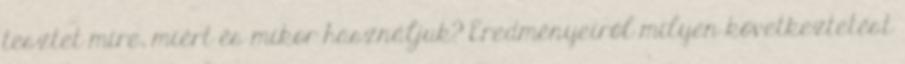
tesztet mire, miért és mikor használjuk? Eredményeiről milyen következtetést